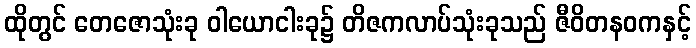
ထိုတွင် တေဇောသုံးခု ဝါယောငါးခု၌ တိဇကလာပ်သုံးခုသည် ဇီဝိတနဝကနှင့်